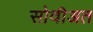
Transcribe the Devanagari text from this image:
सोवीअत